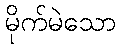
မိုက်မဲသော